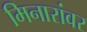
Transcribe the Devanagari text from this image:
मिनारांवर